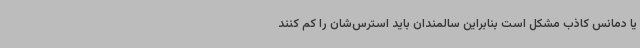
یا دمانس کاذب مشکل است بنابراین سالمندان باید استرس‌شان را کم کنند